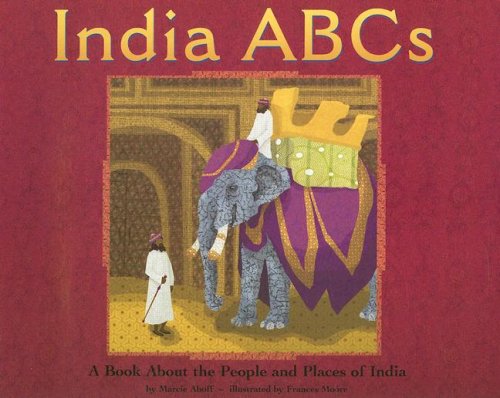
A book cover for India ABCs: A Book About the People and Places of India (Country ABCs); Marcie Aboff; Children's Books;